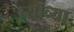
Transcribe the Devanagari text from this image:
व्याव्या